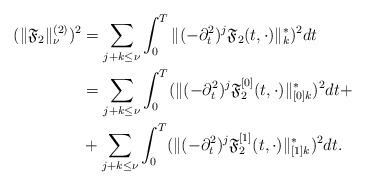
LaTeX: \begin{align*}(\|\mathfrak{F}_2\|_{\nu}^{(2)})^2&=\sum_{j+k\leq\nu}\int_0^T\|(-\partial_t^2)^j\mathfrak{F}_2(t,\cdot)\|_k^*)^2dt \\&=\sum_{j+k\leq\nu}\int_0^T(\|(-\partial_t^2)^j\mathfrak{F}_2^{[0]}(t,\cdot)\|_{[0]k}^*)^2dt +\\&+\sum_{j+k\leq\nu}\int_0^T(\|(-\partial_t^2)^j\mathfrak{F}_2^{[1]}(t,\cdot)\|_{[1]k}^*)^2dt.\end{align*}